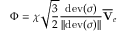
\boldsymbol \Phi = \chi \sqrt { \frac { 3 } { 2 } } \frac { \mathrm { d e v } ( \boldsymbol \sigma ) } { | | \mathrm { d e v } ( \boldsymbol \sigma ) | | } \overline { { \mathbf { V } } } _ { e }